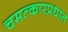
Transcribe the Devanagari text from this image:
चमत्कारप्रधान